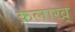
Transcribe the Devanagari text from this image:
क़लाख्‌